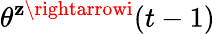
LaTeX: \theta^{\mathbf{z}\rightarrowi}(t-1)